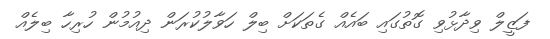
ފަޒީލް ވިދާޅުވި ގޮތުގައި ބައެއް ގެތަކަށް ބިލް ހަވާލުކުރަން ދިއުމުން ހުރިހާ ބިލެއް